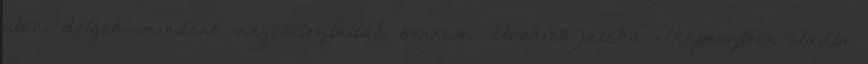
utáni dolgok mindent megváltoztattak bennem. Hopkins játéka elképesztően eladta